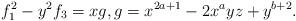
LaTeX: \begin{align*}f_1^2-y^2f_3=xg,g=x^{2a+1}-2x^ayz+y^{b+2}.\end{align*}